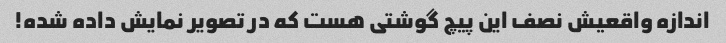
اندازه واقعیش نصف این پیچ گوشتی هست که در تصویر نمایش داده شده!